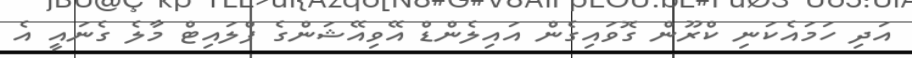
އަދި ހަމައެކަނި ކްރޫން ގޮވައިގެން އައިލެންޑް އޭވިއޭޝަންގެ ފްލައިޓް މާލެ ގެނައީ އެ